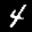
Label: 4